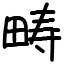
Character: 畴